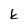
Character: k